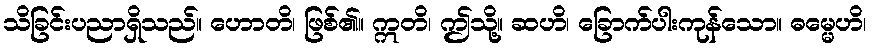
သိခြင်းပညာရှိသည်။ ဟောတိ၊ ဖြစ်၏။ ဣတိ၊ ဤသို့။ ဆဟိ၊ ခြောက်ပါးကုန်သော။ ဓမ္မေဟိ၊